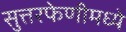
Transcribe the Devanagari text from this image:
सुत्तरफेणीमध्ये